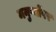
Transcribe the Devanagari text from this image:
मनुष्योंपर